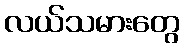
လယ်သမားတွေ